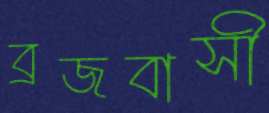
ব্রজবাসী